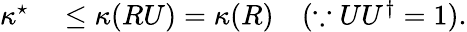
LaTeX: \begin{array}{rl}{\kappa^{\star}}&{{}\leq\kappa(RU)=\kappa(R)\quad(\because UU^{\dagger}=1).}\end{array}